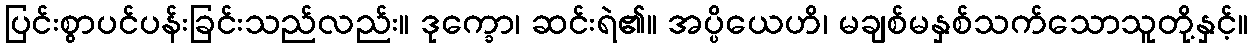
ပြင်းစွာပင်ပန်းခြင်းသည်လည်း။ ဒုက္ခော၊ ဆင်းရဲ၏။ အပ္ပိယေဟိ၊ မချစ်မနှစ်သက်သောသူတို့နှင့်။